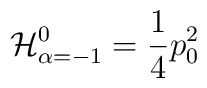
{\cal H}^0_{\alpha= -1}={ 1 \over 4} p^2_0